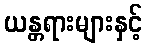
ယန္တရားများနှင့်